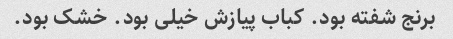
برنج شفته بود. کباب پیازش خیلی بود. خشک بود.